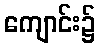
ကျောင်း၌